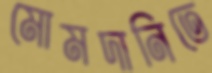
মোমদানিতে